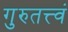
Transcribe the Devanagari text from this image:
गुरुतत्त्वं